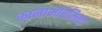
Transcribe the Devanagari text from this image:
कानाभोवतिच्या